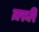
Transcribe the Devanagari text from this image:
ज़रूरि